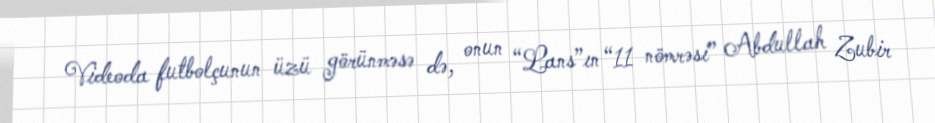
Videoda futbolçunun üzü görünməsə də, onun “Lans”ın “11 nömrəsi” Abdullah Zubir